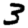
Digit: 3